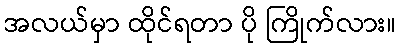
အလယ်မှာ ထိုင်ရတာ ပို ကြိုက်လား။